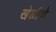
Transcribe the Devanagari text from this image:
खेळीचे